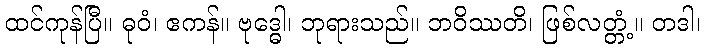
ထင်ကုန်ပြီ။ ဓုဝံ၊ ဧကန်။ ဗုဒ္ဓေါ၊ ဘုရားသည်။ ဘဝိဿတိ၊ ဖြစ်လတ္တံ့။ တဒါ၊